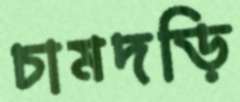
চামদড়ি